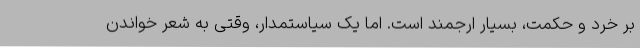
بر خرد و حکمت، بسیار ارجمند است. اما یک سیاستمدار، وقتی به شعر خواندن